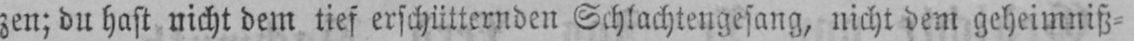
zen; du hast nicht dem tief erschütternden Schlachtengesang, nicht dem geheimniß⸗